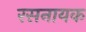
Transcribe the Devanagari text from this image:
रसनायक